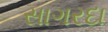
સાગરદા